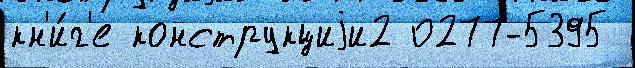
кн'и́г'е конструкциjи2 0277-5395